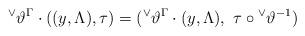
LaTeX: \begin{align*}{^\vee}\vartheta^{\Gamma} \cdot ((y,\Lambda), \tau) =({^\vee}\vartheta^{\Gamma} \cdot (y,\Lambda),\ \tau \circ{^\vee}\vartheta^{-1})\end{align*}